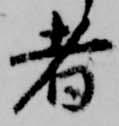
者